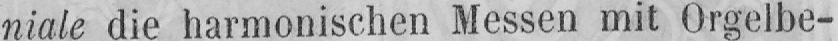
niale die harmonischen Messen mit Orgelbe-